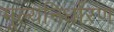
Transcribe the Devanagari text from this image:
मूल्‍यनिर्धारण